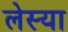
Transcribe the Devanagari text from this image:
लेस्या